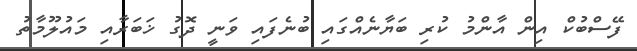
ފޭސްބުކް އިން އާންމު ކުރި ބަޔާނެއްގައި ބުނެފައި ވަނީ ދޮގު ޚަބަރާއި މައުލޫމާތު